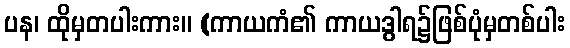
ပန၊ ထိုမှတပါးကား။ (ကာယကံ၏ ကာယဒွါရ၌ဖြစ်ပုံမှတစ်ပါး